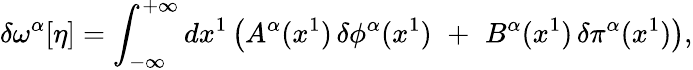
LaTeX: \delta\omega^{\alpha}[\eta]=\int_{-\infty}^{+\infty}dx^{1}\left(A^{\alpha}(x^{1})\, \delta\phi^{\alpha}(x^{1})\, \, +\, \, B^{\alpha}(x^{1})\, \delta\pi^{\alpha}(x^{1})\right),